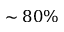
\sim 8 0 \%